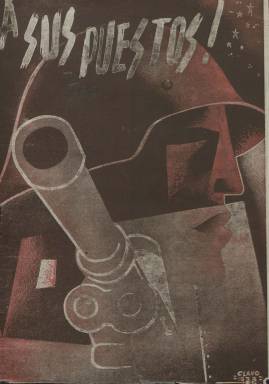
Título: A sus puestos!
Colección: Guerra civil || Fuerzas armadas
Ámbito geográfico: España
Lugar de publicación: España
Fechas: 01/10/1938-31/10/1938

Esta revista de título tan bélico editada durante la Guerra Civil por el Comisariado General de Artillería del Ejército de Centro tenía como propósito según declara ‘servir de medio para la mejor capacitación de todos los componentes del arma de Artillería, recoger sus aspiraciones y servir de vehículo para un más perfecto conocimiento y compenetración entre los mismos’. El fin último, lógicamente, era estimular la moral y la fe de los combatientes para ganar la guerra.

   La revista comenzó a editarse en febrero de 1938 con periodicidad mensual y por el número de sus páginas, hasta 34, la calidad de su papel y confección, sus ilustraciones y colaboraciones en general es un buen ejemplo de que el Frente Popular todavía contaba con suficientes recursos y confiaba en la victoria.

    En el tratamiento gráfico, además de sus fotografías, destacan los dibujos de Javier Clavo, quien ilustró las portadas con el estilo de cartel propagandístico del momento. Clavo, que entonces era muy joven, es autor de otros dibujos de la publicación. Este artista autodidacta de larga trayectoria dejó hasta su muerte, en 1994, una amplia obra presente en todos los museos de arte contemporáneo de España. Fue autor, por ejemplo, de las ilustraciones de una edición del Quijote en 1985.

    Destaca también en ¡A sus puestos! la sección cultural, con páginas donde se muestra la lucha contra el analfabetismo de los soldados y el concurso García Lorca para premiar el mejor trabajo literario sobre la guerra.

   En el editorial del primer número se hace un encendido elogio del teniente coronel Fernando Casado, comandante general del Arma de Artillería, quien colabora con un artículo titulado ‘Progreso de los materiales de Artillería’.

  Este militar, gallego como el general Franco y amigo suyo desde los años de la guerra de Marruecos, fue padre del actor internacional Fernando Rey, quien intercedió para que le fuera conmutada la pena. Al terminar la guerra, ya con el grado de general, Casado fue condenado a muerte por un consejo de guerra. Gracias a las gestiones del actor, Franco le conmutó la pena por 30 años de prisión, aunque cumplió menos. Al quedar en libertad, Casado se dedicó a la enseñanza de las ciencias como profesor particular.

   La BNE posee sólo un número de esta revista, el número 6 correspondiente al mes de octubre de 1938 y que muy probablemente fuera el último. La colección de la biblioteca digital ‘Memoria de Madrid’, que está completa, acaba también con este número.

    En el editorial de este último número la revista se disculpa por el tiempo que ha estado sin publicarse (no salió durante agosto y septiembre), lo que atribuye exclusivamente a las dificultades para la adquisición de papel, y confía en las ayudas económicas para seguir editándose. Lo cierto es que no volvió a salir y que posiblemente tenga que ver con que el Frente Popular estaba cada vez más cerca de perder la guerra.

[Descripción publicada el 15/04/2020]